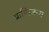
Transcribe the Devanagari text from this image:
प्राणिजन्य